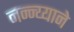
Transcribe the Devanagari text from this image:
नन्न्य्याने